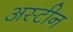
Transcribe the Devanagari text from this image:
अस्टीन